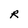
Character: R